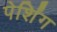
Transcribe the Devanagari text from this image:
पेर्शिंग